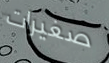
صغيرات